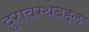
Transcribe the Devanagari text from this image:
दुरावस्थेबद्दल